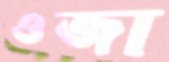
ওজা